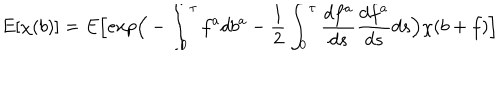
LaTeX: E [ \chi ( b ) ] = E \Big [ e x p \Big ( - \int _ { 0 } ^ { \tau } f ^ { a } d b ^ { a } - \frac { 1 } { 2 } \int _ { 0 } ^ { \tau } \frac { d f ^ { a } } { d s } \frac { d f ^ { a } } { d s } d s \Big ) \chi ( b + f ) \Big ]